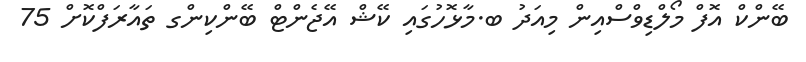
ބޭންކް އޮފް މޯލްޑިވްސްއިން މިއަދު ބ.މާޅޮހުގައި ކޭޝް އޭޖެންޓް ބޭންކިންގ ތައާރަފްކޮށް 75